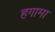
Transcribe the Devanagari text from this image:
हगामा